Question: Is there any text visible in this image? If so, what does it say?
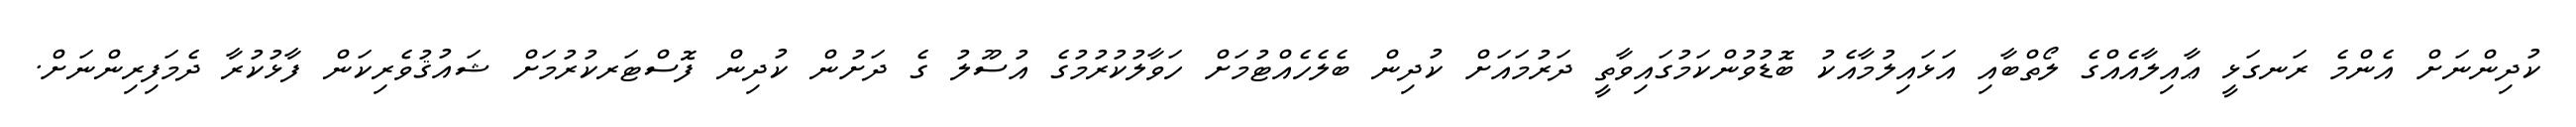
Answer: ކުދިންނަށް އެންމެ ރަނގަޅީ ޢާއިލާއެއްގެ ލޯތްބާއި އަޅައިލުމާއެކު ބޮޑުވުންކަމުގައިވާތީ ދަރުމައަށް ކުދިން ބެލެހެއްޓުމަށް ހަވާލުކުރުމުގެ އުސޫލު ގެ ދަށުން ކުދިން ފޮސްޓަރކުރުމަށް ޝައުޤުވެރިކަން ފާޅުކުރާ ދެމަފިރިންނަށް.